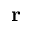
\textbf { r }